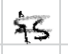
Text: is
Cross-out: double-line
Writing tool: digital_black